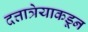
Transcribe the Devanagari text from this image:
दत्तात्रेयाकडून